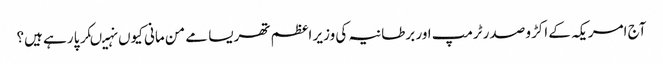
آج امریکہ کے اکڑو صدر ٹرمپ اور برطانیہ کی وزیر اعظم تھریسا مے من مانی کیوں نہیںکر پا رہے ہیں؟